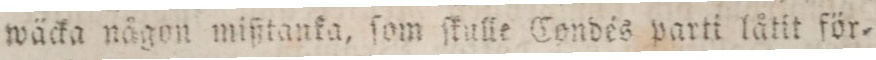
wäcka någon mißtanka, ſom ſkulle Condés parti låtit för=